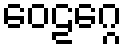
ဝေဠဂ္ဂေ